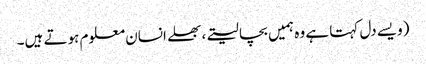
(ویسے دل کہتا ہے وہ ہمیں بچا لیتے، بھلے انسان معلوم ہوتے ہیں۔